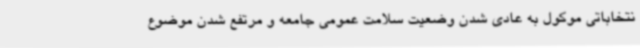
نتخاباتی موکول به عادی شدن وضعیت سلامت عمومی جامعه و مرتفع شدن موضوع